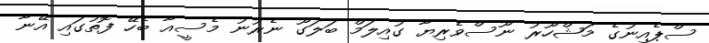
ސްޕެއިނުގެ މަޝްހޫރު ނޫސްވެރިޔާ ގުއިލަމް ބަލަގޫ ނެރުނު މެސީއާ ބެހޭ ފޮތުގައި އޭނާ